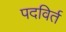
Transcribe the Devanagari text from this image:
पदविर्त